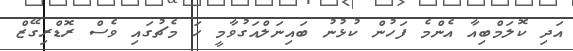
އަދި ކޮލަމްބިއާ އެންމެ ފަހުން ކުޅުނު ބައިނަލްއަގުވާމީ ހަ މެޗުގައި ވެސް ރޮޑްރިގޭޒް